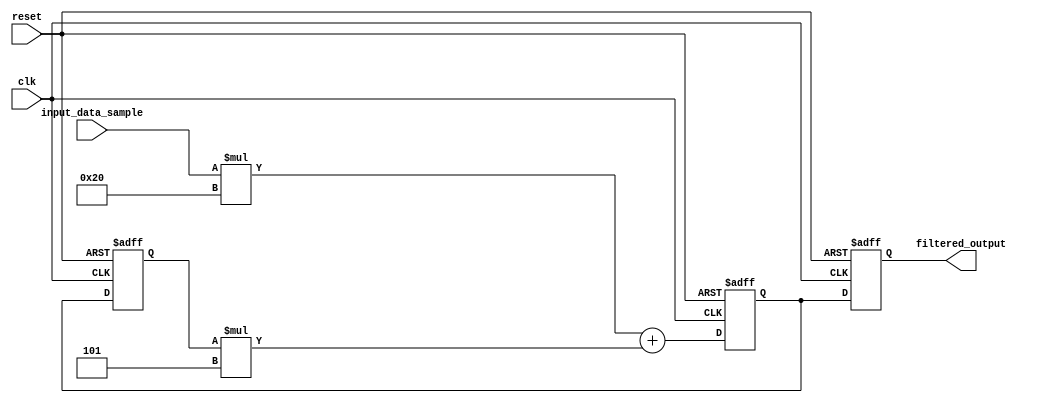
module iir_filter_accumulator (
    input wire clk,
    input wire reset,
    input wire [7:0] input_data_sample,
    output reg [15:0] filtered_output
);

reg [15:0] accumulator;
reg [15:0] output_tmp;

// Coefficients for the arithmetic operations
reg [7:0] coeff_a = 8'h20; // Example coefficient for multiplication operation
reg [7:0] coeff_b = 8'h05; // Example coefficient for addition operation

always @(posedge clk or posedge reset) begin
    if (reset) begin
        accumulator <= 16'b0;
        output_tmp <= 16'b0;
    end else begin
        // Perform arithmetic operations on input data samples
        output_tmp <= input_data_sample * coeff_a + accumulator * coeff_b;
        accumulator <= output_tmp;
    end
end

// Apply feedback loop for recursive nature of IIR filter
always @(posedge clk or posedge reset) begin
    if (reset) begin
        filtered_output <= 16'b0;
    end else begin
        filtered_output <= output_tmp;
    end
end

endmodule